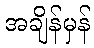
အချိန်မှန်